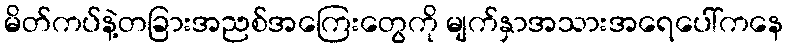
မိတ်ကပ်နဲ့တခြားအညစ်အကြေးတွေကို မျက်နှာအသားအရေပေါ်ကနေ